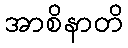
အာစိနာတိ